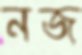
নজ